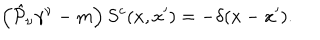
\left( \hat { { \cal P } } _ { \nu } \gamma ^ { \nu } - m \right) S ^ { c } ( x , x ^ { \prime } ) = - \delta ( x - x ^ { \prime } ) .